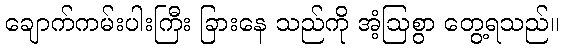
ချောက်ကမ်းပါးကြီး ခြားနေ သည်ကို အံ့ဩစွာ တွေ့ရသည်။